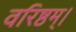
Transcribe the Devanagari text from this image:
वरिष्ठम्‌।